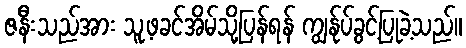
ဇနီးသည်အား သူ့ဖခင်အိမ်သို့ပြန်ရန် ကျွန်ုပ်ခွင့်ပြုခဲ့သည်။